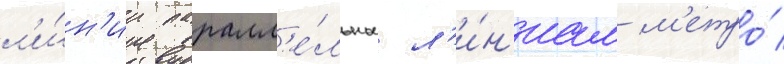
л'и́н'ии паралл'е́льны л'и́н'иам м'етро́